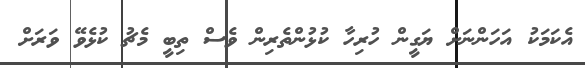
އެކަމަކު އަހަންނަށް ޔަގީން ހުރިހާ ކުޅުންތެރިން ވެސް ތިބީ މެޗު ކުޅެވޭ ވަރަށް